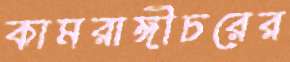
কামরাঙ্গীচরের